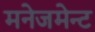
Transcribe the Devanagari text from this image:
मनेजमेन्ट